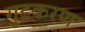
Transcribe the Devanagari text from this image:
गुढकरण